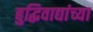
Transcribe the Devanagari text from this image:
बुद्धिवाद्यांच्या